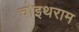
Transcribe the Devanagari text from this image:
चोइथराम